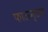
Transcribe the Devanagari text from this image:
फाऊन्टन